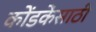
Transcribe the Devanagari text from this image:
कोंडकेंसाठी